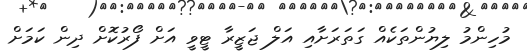
މުހިންމު ލިޔުންތަކެއް ގަަތަރަށާއި އަލް ޖަޒީރާ ޓީވީ އަށް ފޯރުކޮށް ދިން ކަމަށް